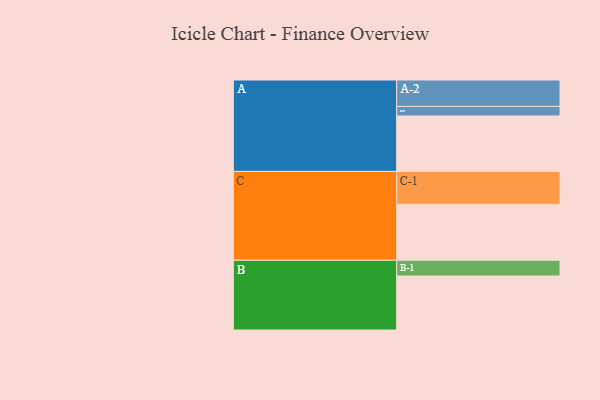
{"axis": {"x": "Segment", "y": "Value"}, "legend": ["", "A", "B", "C"], "data": [{"x": "A", "y": 489, "type": ""}, {"x": "B", "y": 476, "type": ""}, {"x": "C", "y": 493, "type": ""}, {"x": "A-1", "y": 84, "type": "A"}, {"x": "A-2", "y": 233, "type": "A"}, {"x": "B-1", "y": 139, "type": "B"}, {"x": "C-1", "y": 290, "type": "C"}]}